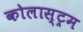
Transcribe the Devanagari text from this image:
कोलास्ट्रम